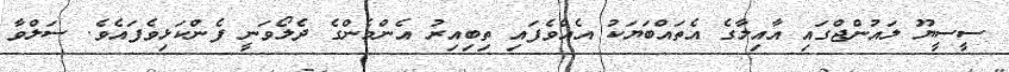
ސީސީޔޫ ލައުންޖްގައި އާއިލާގެ އެތައްބަޔަކު އެއްވެފައި ތިބިއިރު އެންމެންގެ ދެލޯވަނީ ފެންކަޅިވެފައެވެ. ސަލްވާ